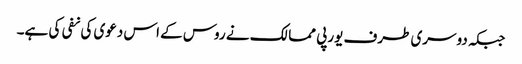
جبکہ دوسری طرف یورپی ممالک نے روس کے اس دعوی کی نفی کی ہے۔